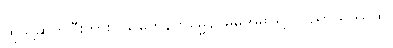
ထိုသို့ဆိုတပြီးကား။ သကေနကမ္မေန၊ မိမိအမှုဖြင့်။ ပညာယိဿထ၊